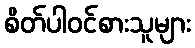
စိတ်ပါဝင်စားသူများ